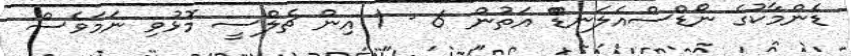
ޑެންމާކުގެ ނޯޑްސްއެލަނޑްް އަތުން 6 - 1 އިން ޗެލްސީ މޮޅުވި ނަމަވެސް